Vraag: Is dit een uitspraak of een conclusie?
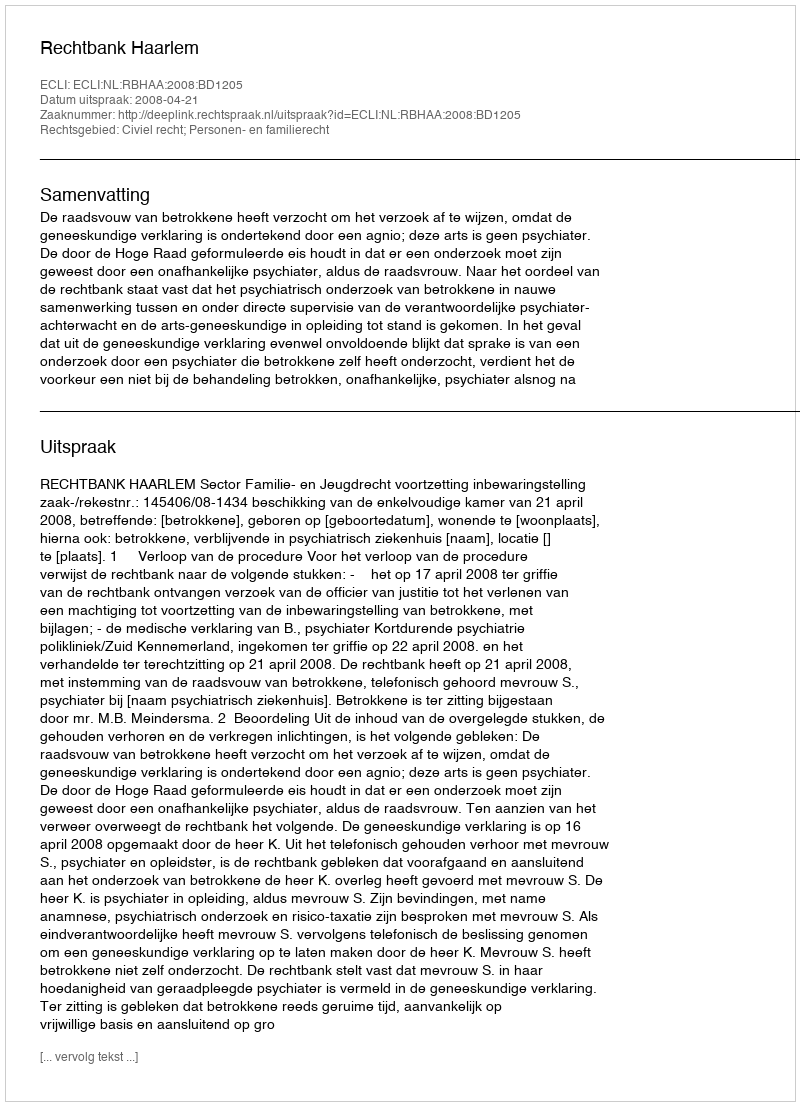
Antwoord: Uitspraak